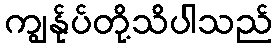
ကျွန်ုပ်တို့သိပါသည်